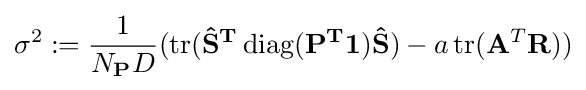
\sigma ^{2}:={\frac {1}{N_{\mathbf {P} }D}}(\operatorname {tr} (\mathbf {{\hat {\mathbf {S} }}^{T}\operatorname {diag} (\mathbf {P} ^{T}\mathbf {1} ){\hat {\mathbf {S} }}} )-a\operatorname {tr} (\mathbf {A} ^{T}\mathbf {R} ))